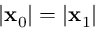
| \mathbf { x } _ { 0 } | = | \mathbf { x } _ { 1 } |